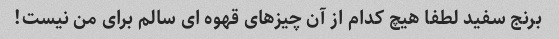
برنج سفید لطفا هیچ کدام از آن چیزهای قهوه ای سالم برای من نیست!